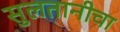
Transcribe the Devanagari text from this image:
सुलतानीचा